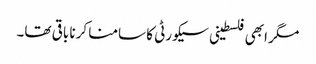
مگر ابھی فلسطینی سیکورٹی کا سامنا کرنا باقی تھا۔